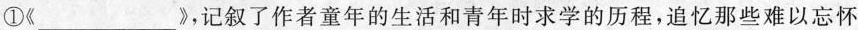
①《________》，记叙了作者童年的生活和青年时求学的历程，追忆那些难以忘怀